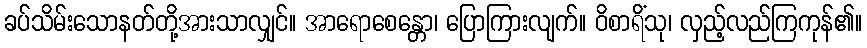
ခပ်သိမ်းသောနတ်တို့အားသာလျှင်။ အာရောစေန္တော၊ ပြောကြားလျက်။ ဝိစာရိံသု၊ လှည့်လည်ကြကုန်၏။